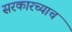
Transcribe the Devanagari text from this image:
सरकारच्याच